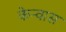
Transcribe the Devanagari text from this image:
केन्वास